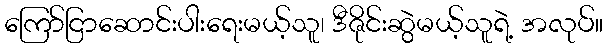
ကြော်ငြာဆောင်းပါးရေးမယ့်သူ၊ ဒီဇိုင်းဆွဲမယ့်သူရဲ့ အလုပ်။